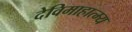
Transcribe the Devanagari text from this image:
देविमाहात्म्य